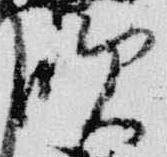
吹